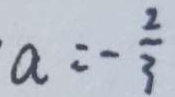
a = - \frac { 2 } { 3 }